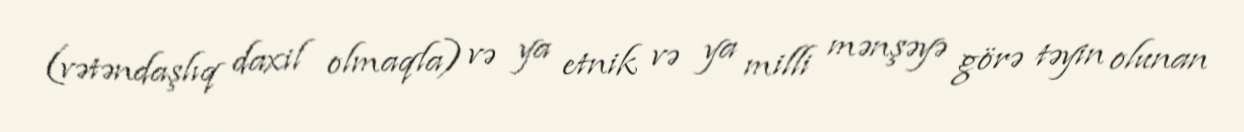
(vətəndaşlıq daxil olmaqla) və ya etnik və ya milli mənşəyə görə təyin olunan